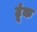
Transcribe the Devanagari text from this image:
टूंक